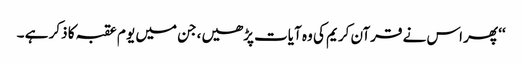
‘‘ پھر اس نے قرآن کریم کی وہ آیات پڑھیں ،جن میں یو م عقبہ کا ذکر ہے ۔